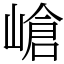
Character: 嵢